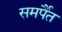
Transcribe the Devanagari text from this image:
समर्पैत